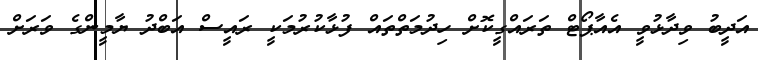
އަދީބު ވިދާޅުވީ އެއާޕޯޓް ތަރައްގީކޮށް ހިދުމަތްތައް ފުޅާކުރުމަކީ ރައީސް އަބްދު ޔާމީންގެ ވަރަށް